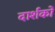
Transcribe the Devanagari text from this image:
दार्शकों